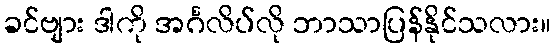
ခင်ဗျား ဒါကို အင်္ဂလိပ်လို ဘာသာပြန်နိုင်သလား။